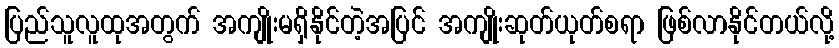
ပြည်သူလူထုအတွက် အကျိုးမရှိနိုင်တဲ့အပြင် အကျိုးဆုတ်ယုတ်စရာ ဖြစ်လာနိုင်တယ်လို့